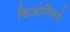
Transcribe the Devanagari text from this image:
बिजोसिंगने